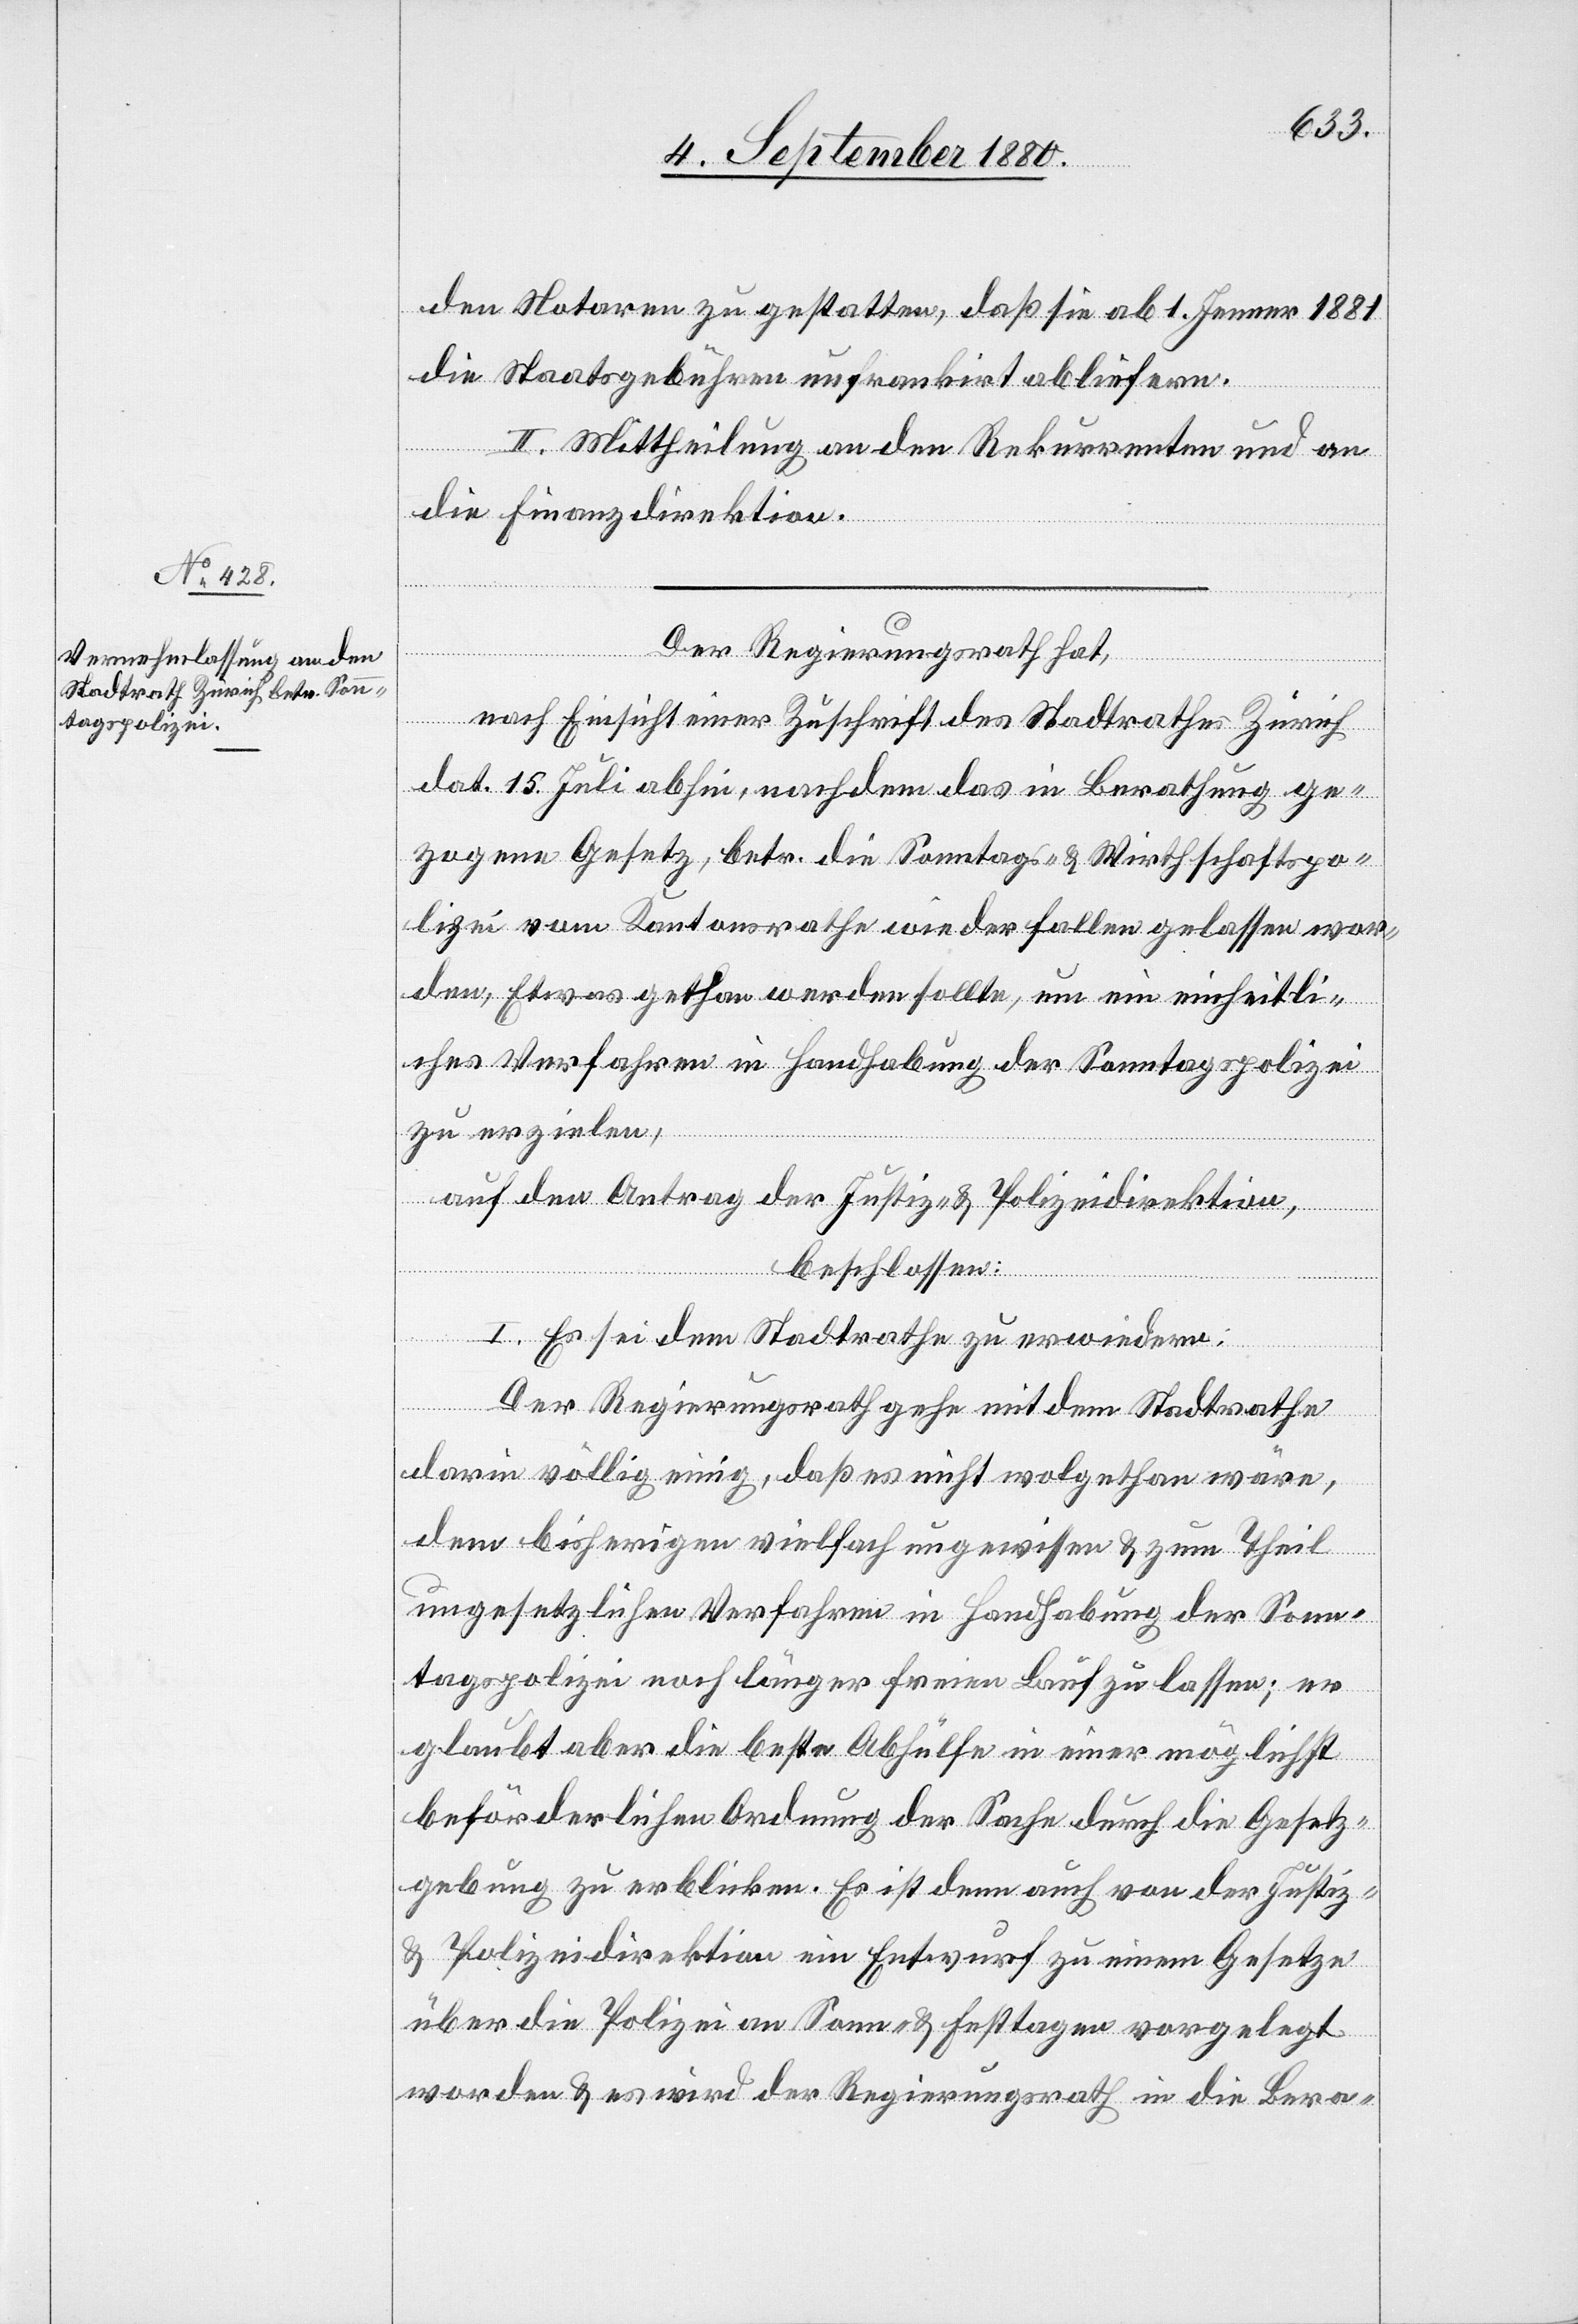
den Notaren zu gestatten, daß sie ab 1. Jenner 1881
die Staatsgebühren unfrankirt abliefern.
II. Mittheilung an den Rekurrenten und an
die Finanzdirektion.
Der Regierungsrath hat,
nach Einsicht einer Zuschrift des Stadtrathes Zürich
dat. 15. Juli abhin, nachdem das in Berathung ge¬
zogene Gesetz, betr. die Sonntags- & Wirthschaftspo¬
lizei vom Kantonsrathe wieder fallen gelassen wor¬
den, Etwas gethan werden sollte, um ein einheitli¬
ches Verfahren in Handhabung der Sonntagspolizei
zu erzielen,
auf den Antrag der Justiz- & Polizeidirektion,
beschlossen:
I. Es sei dem Stadtrathe zu erwiedern:
Der Regierungsrath gehe mit dem Stadtrahe
darin völlig einig, daß es nicht wolgethan wäre,
dem bisherigen vielfach ungewissen & zum Theil
ungesetzlichen Verfahren in Handhabung der Sonn¬
tagspolizei noch länger freien Lauf zu lassen; er
glaubt aber die beste Abhülfe in einer möglichst
beförderlichen Ordnung der Sache durch die Gesetz¬
gebung zu erblicken. Es ist denn auch von der Justiz-
& Polizeidirektion ein Entwurf zu einem Gesetze
über die Polizei an Sonn- & Festtagen vorgelegt
worden & es wird der Regierungsrath in die Bera-